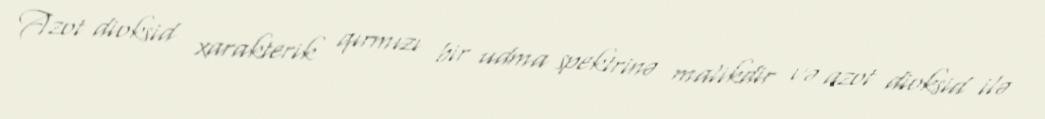
Azot dioksid xarakterik qırmızı bir udma spektrinə malikdir və azot dioksid ilə